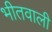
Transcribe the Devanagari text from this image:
भीतवाली